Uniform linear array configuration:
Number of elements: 32
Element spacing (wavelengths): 0.75
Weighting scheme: blackman
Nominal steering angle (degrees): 45
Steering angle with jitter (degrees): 45.15
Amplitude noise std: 0.05
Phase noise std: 0.05

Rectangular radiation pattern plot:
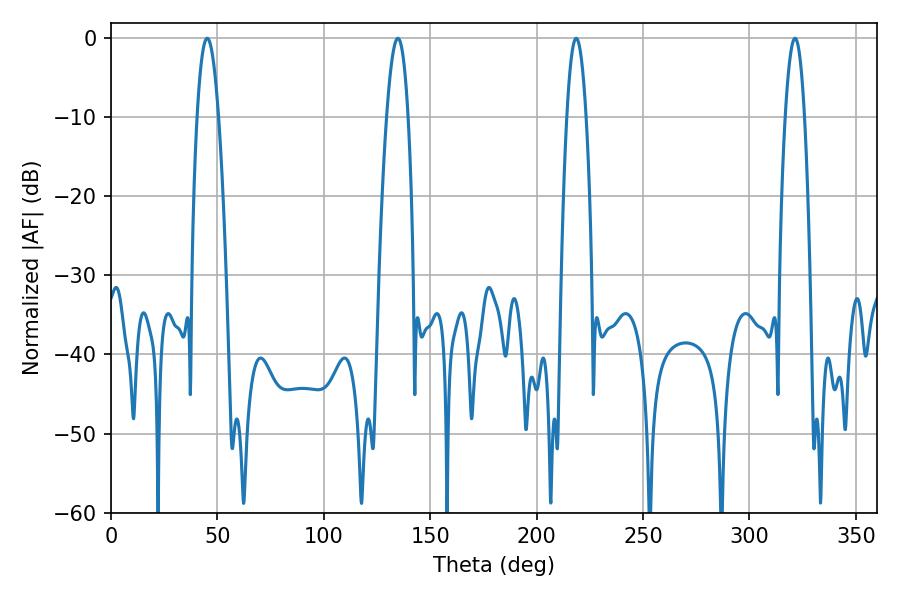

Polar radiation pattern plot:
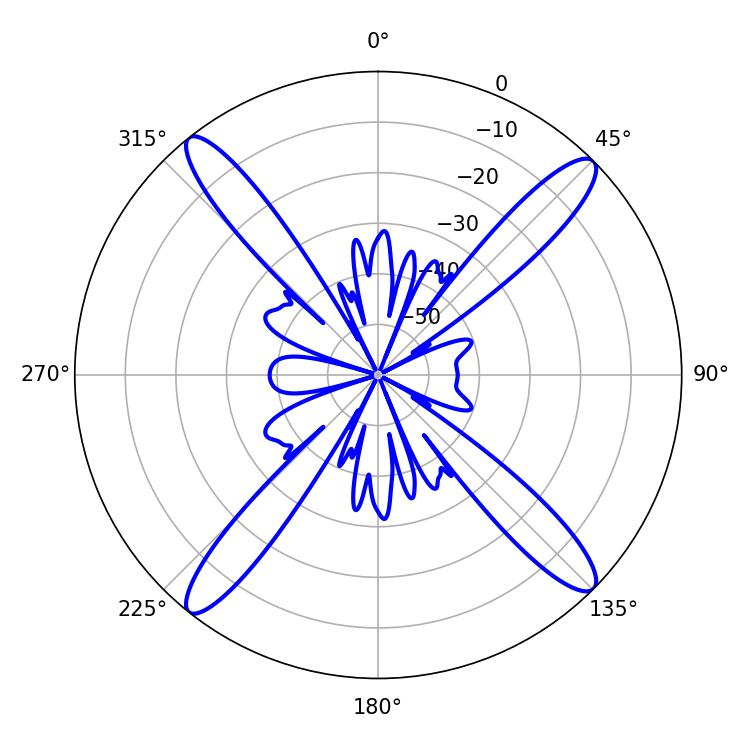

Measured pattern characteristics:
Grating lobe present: TRUE
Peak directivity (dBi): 18.062
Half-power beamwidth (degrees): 5.58
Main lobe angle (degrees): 45.18